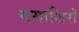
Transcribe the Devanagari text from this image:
यमाशिरों